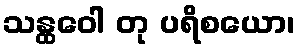
သန္ထဝေါ တု ပရိစယော၊